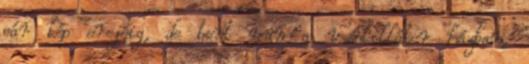
pár kép erejéig, de bent van a ventillátor házban,